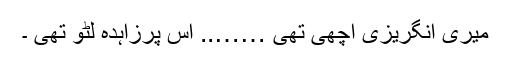
میری انگریزی اچھی تھی …….. اس پرزاہدہ لٹو تھی ۔